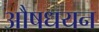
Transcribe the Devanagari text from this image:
औषधयन